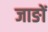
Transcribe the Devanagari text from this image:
जाङों